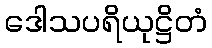
ဒေါသပရိယုဋ္ဌိတံ